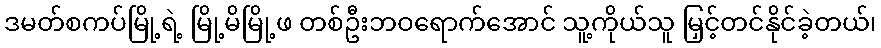
ဒမတ်စကပ်မြို့ရဲ့ မြို့မိမြို့ဖ တစ်ဦးဘဝရောက်အောင် သူ့ကိုယ်သူ မြှင့်တင်နိုင်ခဲ့တယ်၊